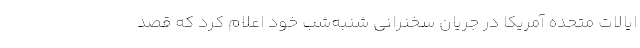
ایالات متحده آمریکا در جریان سخنرانی شنبه‌شب خود اعلام کرد که قصد